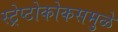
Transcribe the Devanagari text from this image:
स्ट्रेप्टोकोकसमुळे